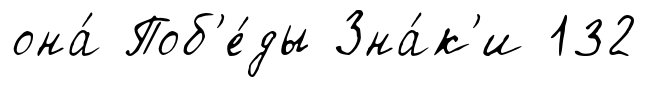
она́ Поб'е́ды Зна́к'и 132